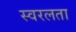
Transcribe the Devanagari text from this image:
स्वरलता